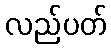
လည်ပတ်